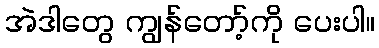
အဲဒါတွေ ကျွန်တော့်ကို ပေးပါ။